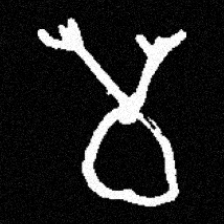
Pyu character \u2014 Myanmar letter: မ (romanized: ma)